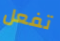
تفعل